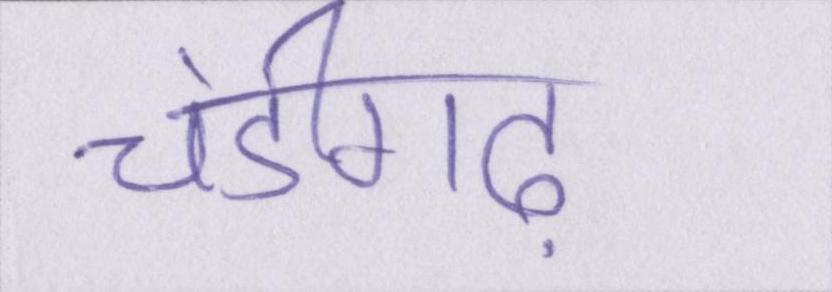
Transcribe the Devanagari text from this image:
चंडीगढ़